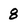
Character: 8